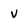
Character: v